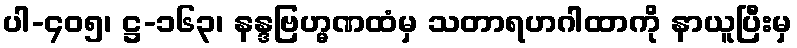
ပါ-၄၀၅၊ ဋ္ဌ-၁၆၃၊ နန္ဒဗြဟ္မဏထံမှ သတာရဟဂါထာကို နာယူပြီးမှ